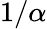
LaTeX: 1/\alpha